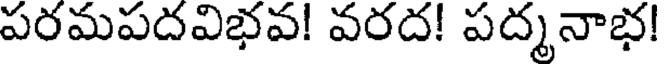
పరమపదవిభవ! వరద! పద్మనాభ!